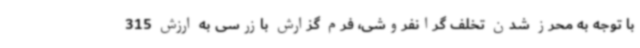
با توجه به محرز شدن تخلف گرانفروشی، فرم گزارش بازرسی به ارزش 315